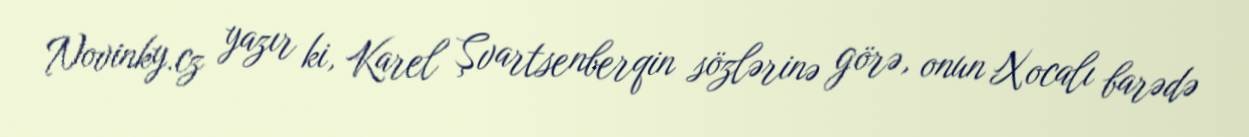
Novinky.cz yazır ki, Karel Şvartsenberqin sözlərinə görə, onun Xocalı barədə